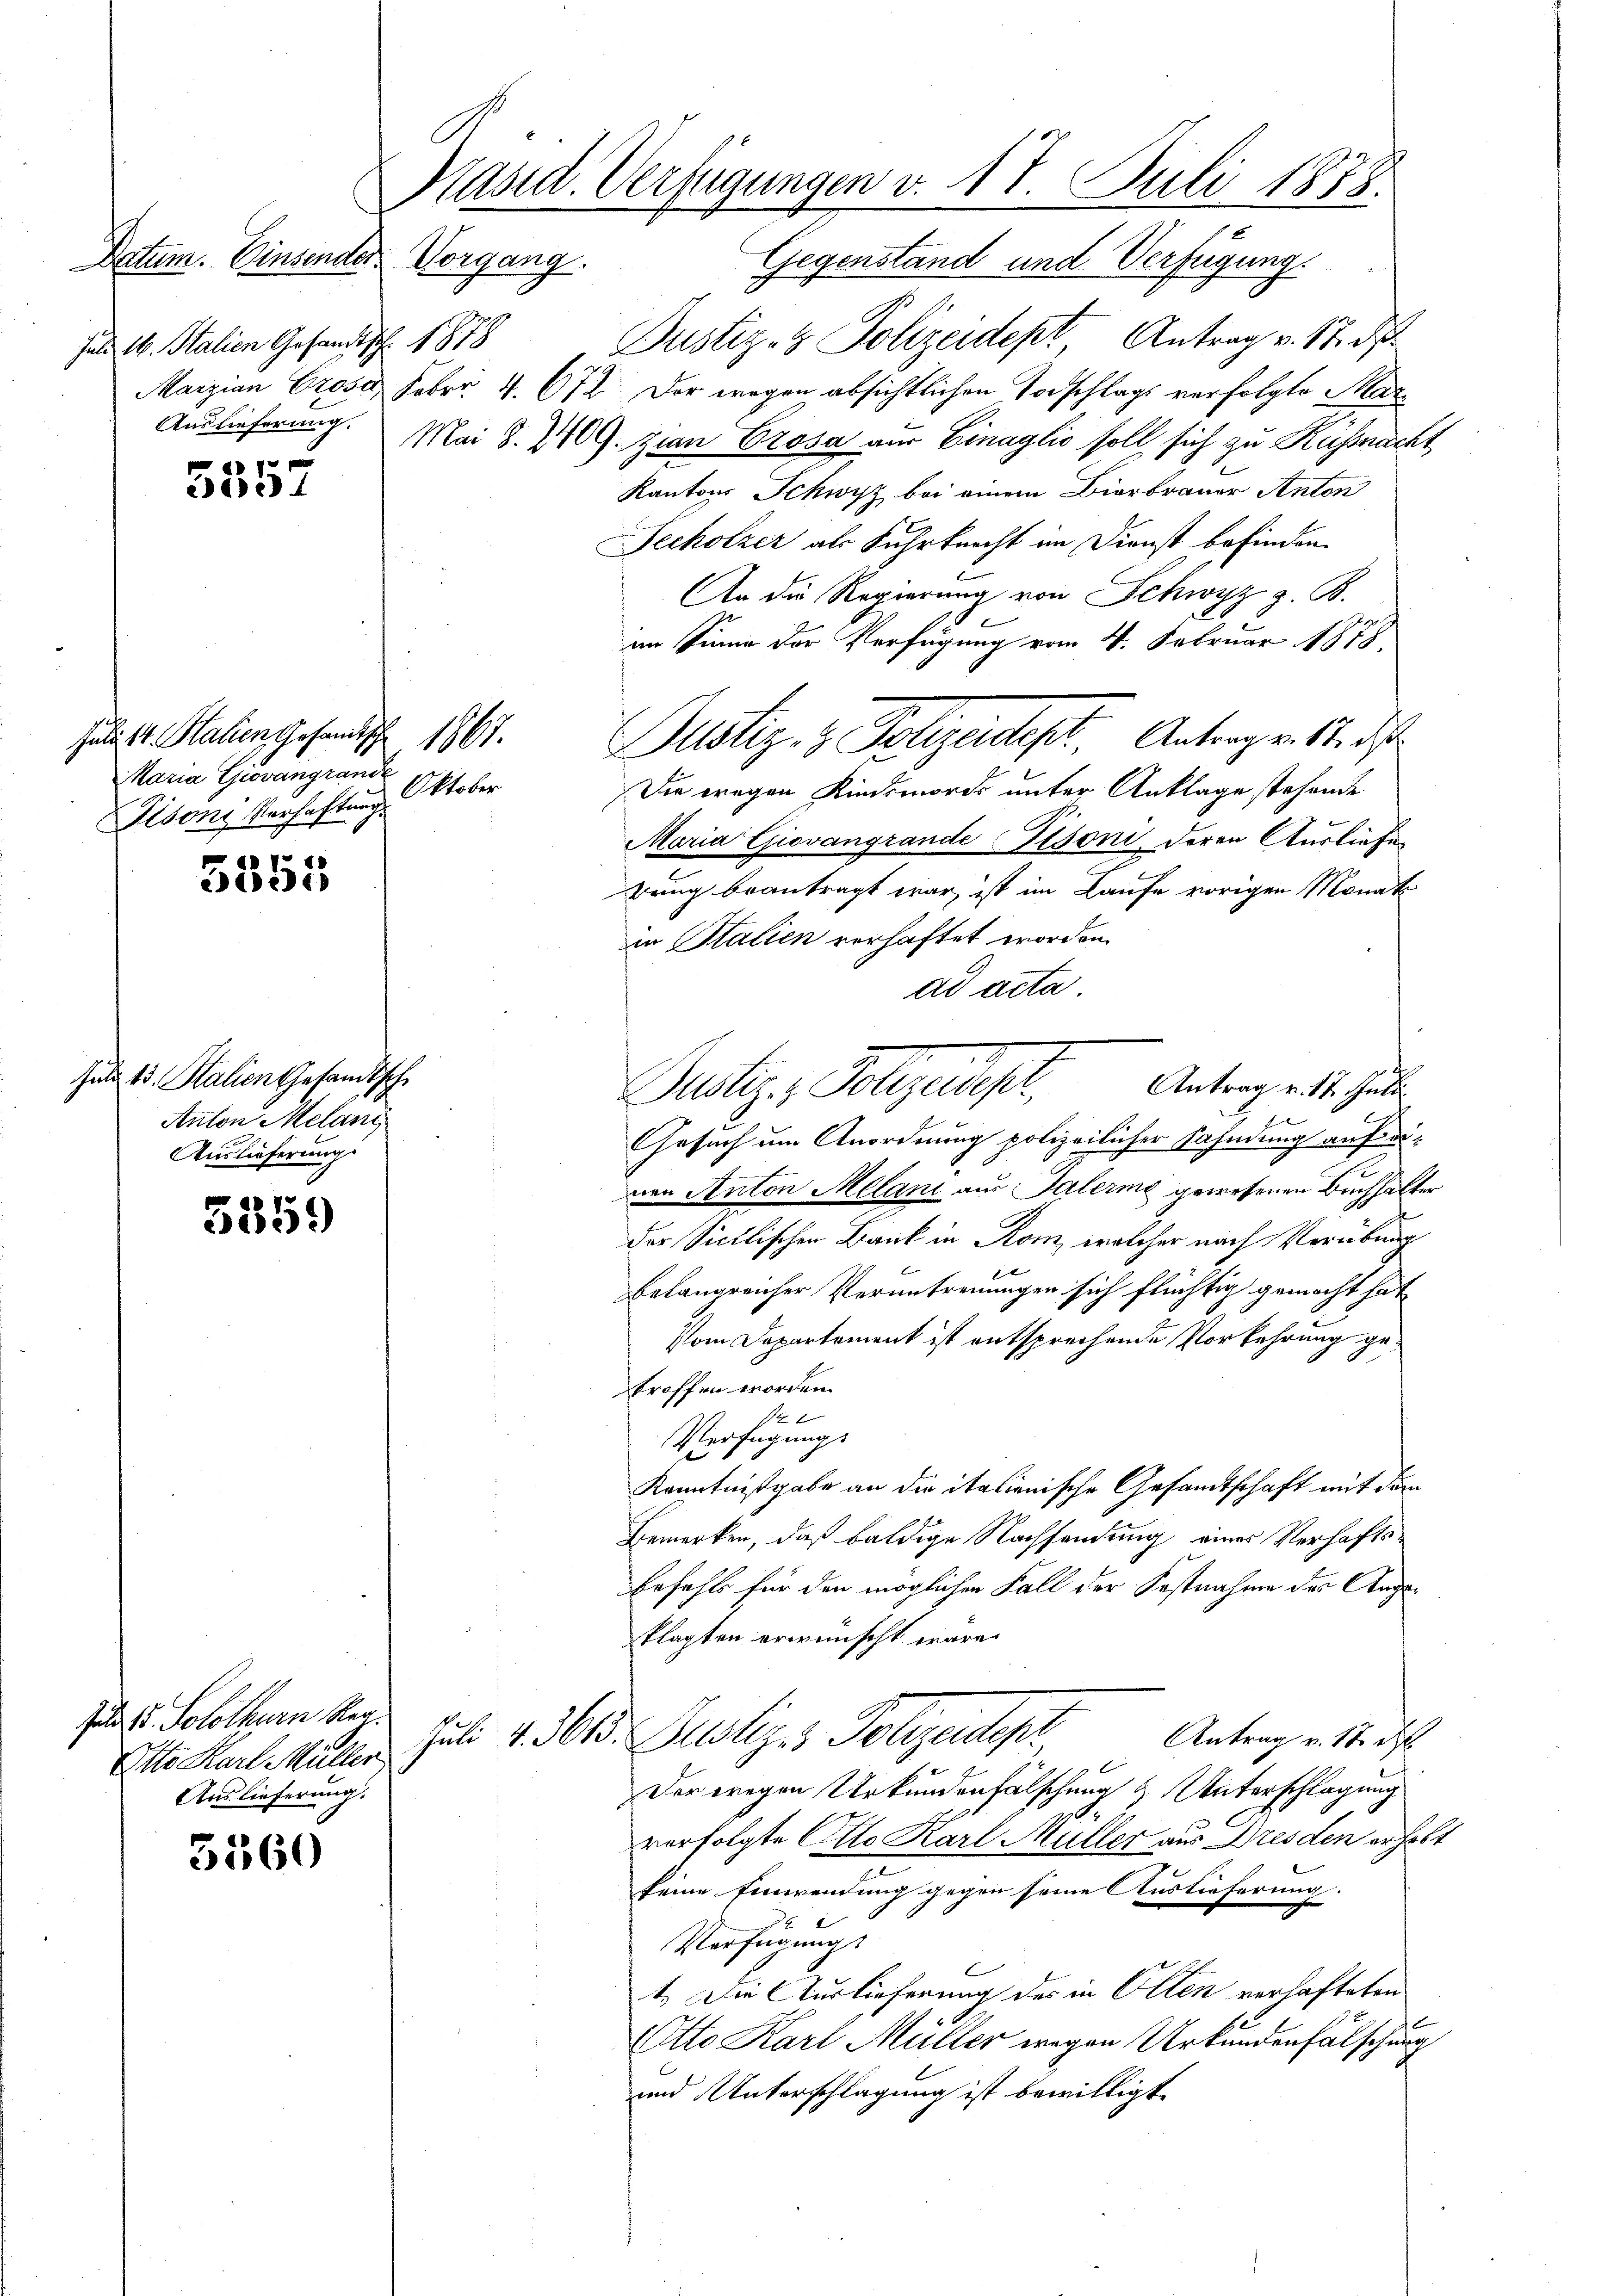
Juli 16. Stalien Gesandtsch. 1878

5557

Juli 14. Stalien Gesandtsch
Maria Giovangrand
Oktober
Pisoni Verhaftung.

5351.

Juli 13. Stalien Gesandtsch.
Anton Melani
Auslieferung

3359

5560

Präsid. Verfügungen v. 17. Juli 1878.
Datum. Einsender Vorgang.
Gegenstand und Verfügung

Jur. Dr. Solothurn Reg.
Otto Karl Müller
Auslieferung.

101.

Justiz- & Polizeidept Antrag v. 17. ds.
Marzian Crosa. Febr. 4. 672. Der wegen absichtlichen Todschlags verfolgte Mar¬
Auslieferung. Mai 8. 209. zian Crosa zur Einaglio soll sich zu Küssnacht
Kantons Schwyz bei einem Bierbrauer Anton
Jecholzer als Fuhrknecht im Dienst befinden.
An die Regierung von Schwyz z. B.
e
im Sinne der Verfügung vom 4. Februar 1878,
Justiz- & Polizeidigt. Antrag v. h. des
Die wegen Kindsmords unter Anklage stehende
Maria Giovangrande Ilsoni, deren Ausliefe
rung beantragt war, ist im Laufe vorigen Monat
in Salien verhaftet worden.
ad acta.
Antrag v. 17. Juli.
Justiz, Polizeidigt.
Gesuch um Anordnung polizeilicher Fahndung auf ervon Anton Melani aus Talerme gewesenen Buchhalter
der Sicilischen Bank in Rom, welcher nach Verübung
belangreicher Veruntrennungen sich flüchtig gemacht hat
Vom Departement ist entsprechende Vorkehrung getroffen worden.
Ne
Verfügungs
Kenntnißgabe an die italienische Gesamtschaft mit dem
Bemerken, daß baldige Nachsendung eines Verhaftsbefehls für den möglichen Fall der Fastnahme des Angeklagten erwünscht wäre.
Juli v. 305. Justiz- & Polizeidepr
Antrag v. 17. d.
Der wegen Urkundenfälschung & Unterschlagung
verfolgte Otto Karl Müller aus Dresden erholt
keine Einwendung gegen seine Auslieferung.
Verfügungs
t. Die Auslieferung des in Olten verhafteten
Otto Karl Müller wegen Urkundenfälschung
und Unterschlagung ist bewilligt